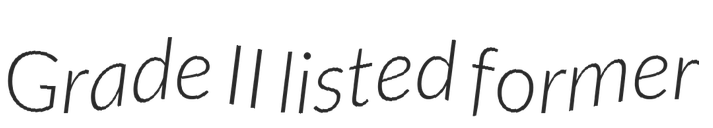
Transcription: Grade II listed former